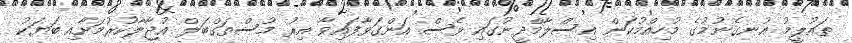
ތައުލީމު އުނގެނުމުގެ މުހިއްމުކަން އިސްލާމްދީނުގައި ވެސް އަންގަވާފައިވާ އިރު މުސްތަގްބަލް އުޖާލާކުރުމަށާއި ބަޔަކު